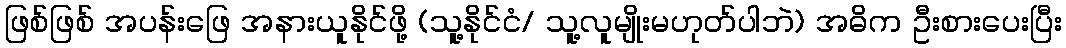
ဖြစ်ဖြစ် အပန်းဖြေ အနားယူနိုင်ဖို့ (သူ့နိုင်ငံ/ သူ့လူမျိုးမဟုတ်ပါဘဲ) အဓိက ဦးစားပေးပြီး